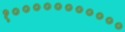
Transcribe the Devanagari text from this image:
१०००००००००००